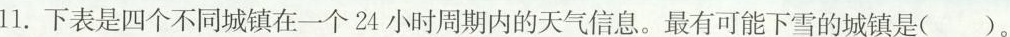
11.下表是四个不同城镇在一个24小时周期内的天气信息。最有可能下雪的城镇是( )。